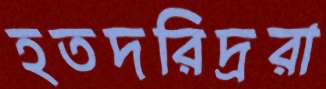
হতদরিদ্ররা